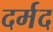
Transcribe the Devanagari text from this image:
दर्मद